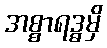
အစ္စာရဒ္ဓမှိ